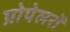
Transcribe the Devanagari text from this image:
प्रोपेलरों